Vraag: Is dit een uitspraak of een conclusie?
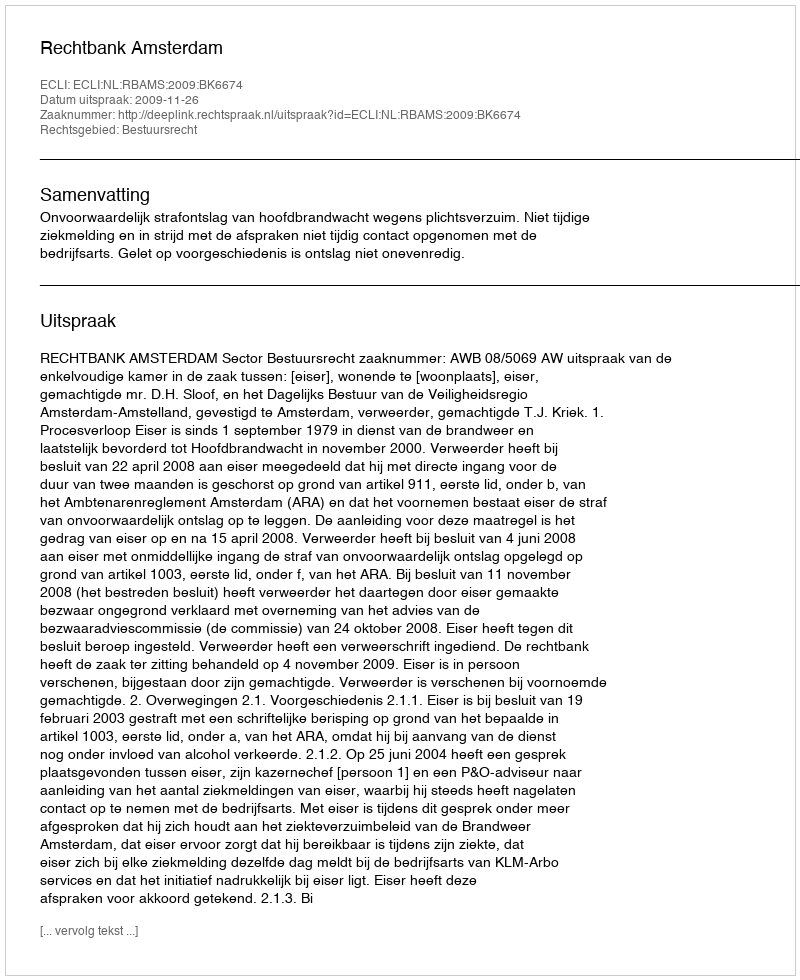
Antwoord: Uitspraak